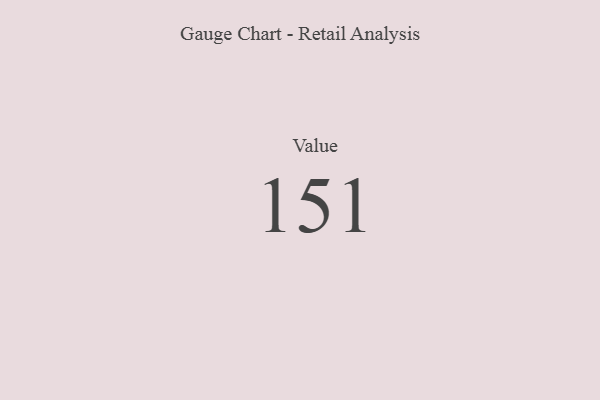
{"axis": {"x": "Metric", "y": "Value"}, "legend": [""], "data": [{"x": "Value", "y": 151, "type": ""}]}